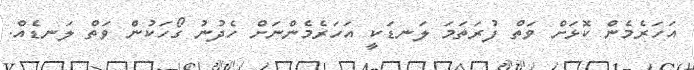
އަހަރެމެން ކޮޅަށް ވަތް ފުރަތަމަ ލަނޑަކީ އަހަރެމެންނަށް ހެދުނު ގޯހަކުން ވަތް ލަނޑެއް.